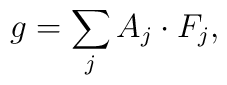
g = \sum_j A_j \cdot F_j,